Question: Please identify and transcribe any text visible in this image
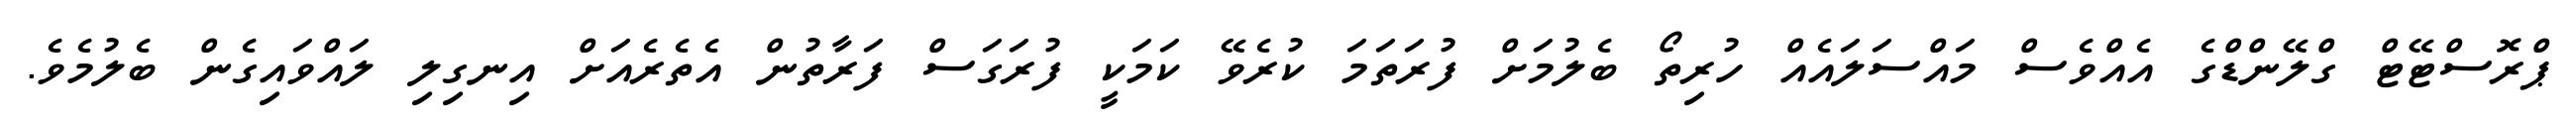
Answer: ޕްރޮސްޓޭޓް ގްލޭންޑްގެ އެއްވެސް މައްސަލައެއް ހުރިތޯ ބެލުމަށް ފުރަތަމަ ކުރެވޭ ކަމަކީ ފުރަގަސް ފަރާތުން އެތެރެއަށް އިނގިލި ލައްވައިގެން ބެލުމެވެ.